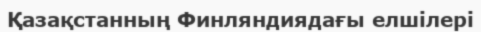
Қазақстанның Финляндиядағы елшілері